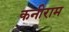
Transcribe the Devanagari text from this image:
कनीराम